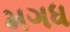
મગધ